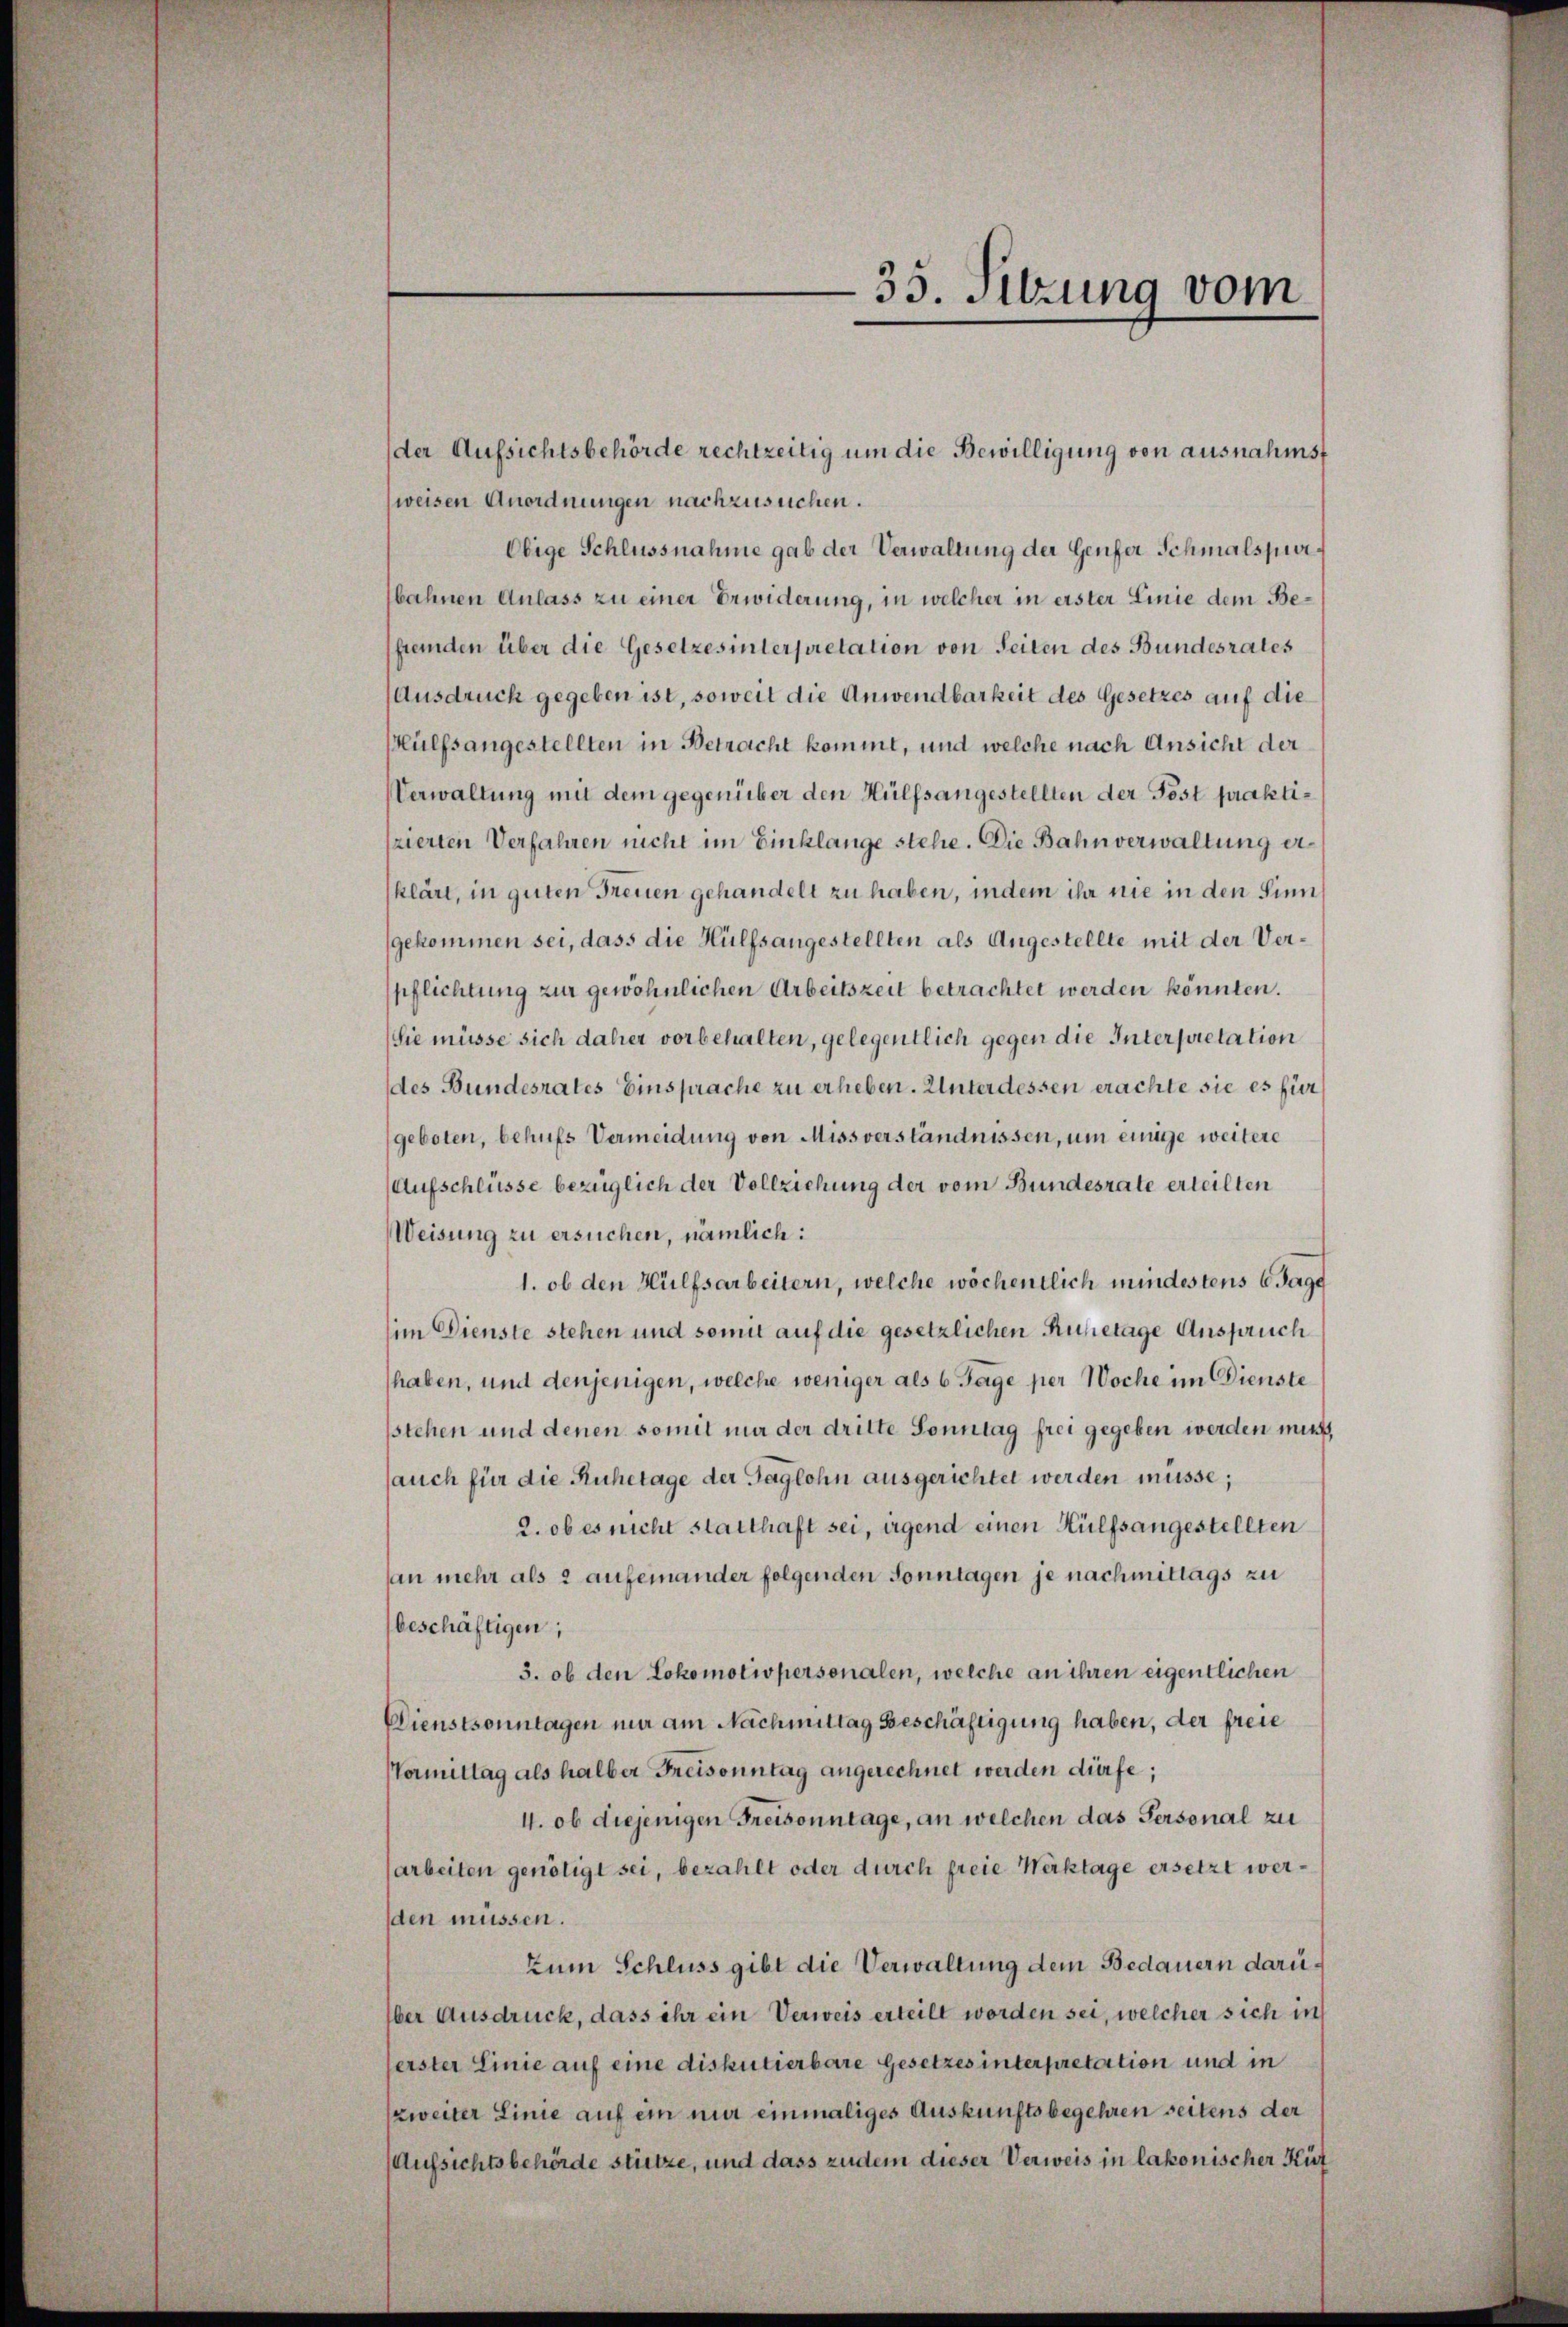
35. Sitzung vom

der Aufsichtsbehörde rechtzeitig um die Bewilligung von ausnahmst
weisen Anordnungen nachzusuchen.
Obige Schlussnahme gab der Verwaltung der Genfer Schmalspur
bahnen Anlass zu einer Erwiderung, in welcher in erster Linie dem Befremden über die Gesetzes interpretation von Seiten des Bundesrates
(Ausdruck gegeben ist, soweit die Anwendbarkeit des Gesetzes auf die¬
Hülfsangestellten in Betracht kommt, und welche nach Ansicht der
Verwaltung mit dem gegenüber den Hülfsangestellten der Post praktizierten Verfahren nicht im Einklange stehe. Die Bahnverwaltung erklärt, in guten Treuen gehandelt zu haben, indem ihr nie in den Sinn
gekommen sei, dass die Hülfsangestellten als Angestellte mit der Verspflichtung zur gewöhnlichen Arbeitszeit betrachtet werden könnten.
Sie müsse sich daher vorbehalten, gelegentlich gegen die Interpretation
des Bundesrates Einsprache zu erheben. Unter dessen erachte sie es für
geboten, behufs Vermeidung von Missverständnissen, um einige weitere
Aufschlüsse bezüglich der Vollziehung der vom Bundesrate erteilten
Weisung zu ersuchen, nämlich:
1. ob den Hülfsarbeitern, welche wöchentlich mindestens 6 Tage
im Dienste stehen und somit auf die gesetzlichen Ruhetage Anspruch
haben, und denjenigen, welche weniger als 6 Tage per Woche im Dienste
stehen und denen somit mir der dritte Sonntag frei gegeben werden mit
auch für die Ruhetage der Taglohn ausgerichtet werden müsse;
2. ob es nicht statthaft sei, irgend einen Hülfsangestellten
an mehr als 2 aufeinander folgenden Sonntagen je nachmittags zu
beschäftigen;
3. ob den Lokomotivpersonalen, welche an ihren eigentlichen
Dienstsonntagen mir am Nachmittag Beschäftigung haben, der freie
Normittag als halber Freisonntag angerechnet werden dürfe;
4. ob diejenigen Freisonntage, an welchen das Personal zu
arbeiten genötigt sei, bezahlt oder durch freie Werktage ersetzt werden müssen.
zum Schluss gibt die Verwaltung dem Bedauern darüber Ausdruck, dass ihr ein Verweis erteilt worden sei, welcher sich in
erster Linie auf eine diskutierbare Gesetzes interpretation und in
zweiter Linie auf ein nur einmaliges Auskunftsbegehren seitens der
Aufsichtsbehörde stütze, und dass zudem dieser Verweis in lakonischer Kut